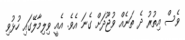
ވެސް އިތުރު ދެ ތަނެއް ވުޖޫދަށް ގެނަ އެވެ. އެއީ ވިލިމާލޭގައި ހުޅުވި